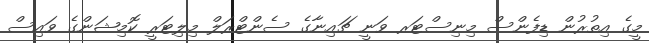
މީގެ އިތުރުން ޑިފެންސް މިނިސްޓަރ ވަނީ ޗައިނާގެ ސެންޓްރަލް މިލިޓަރީ ކޮމިޝަންގެ ވައިސް